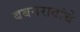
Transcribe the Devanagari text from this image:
बबनरावांचे